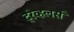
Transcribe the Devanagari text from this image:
ट्रेव्हलर्स